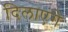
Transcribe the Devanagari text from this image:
दिलाएंगे